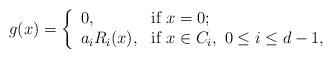
LaTeX: \begin{align*}g(x) =\left\{\begin{array}{ll}0, & \mbox{if} ~ x=0; \\a_i R_i(x), & \mbox{if} ~x \in C_i, ~ 0\leq i \leq d-1, \\\end{array}\right.\end{align*}